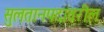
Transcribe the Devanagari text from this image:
सुलतानपदावरील